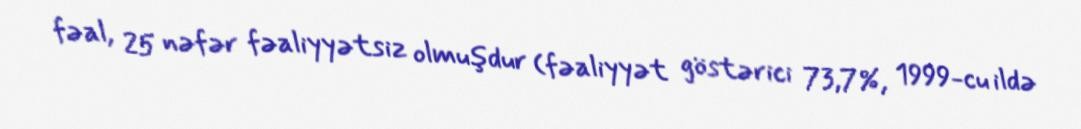
fəal, 25 nəfər fəaliyyətsiz olmuşdur (fəaliyyət göstərici 73,7%, 1999-cu ildə